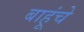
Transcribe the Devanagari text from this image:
बाहूंचे